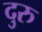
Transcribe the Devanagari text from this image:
दुरु